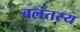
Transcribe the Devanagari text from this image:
बलंतस्य